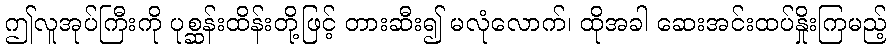
ဤလူအုပ်ကြီးကို ပုစ္ဆန်းထိန်းတို့ဖြင့် တားဆီး၍ မလုံလောက်၊ ထိုအခါ ဆေးအင်းထပ်နှိုးကြမည့်